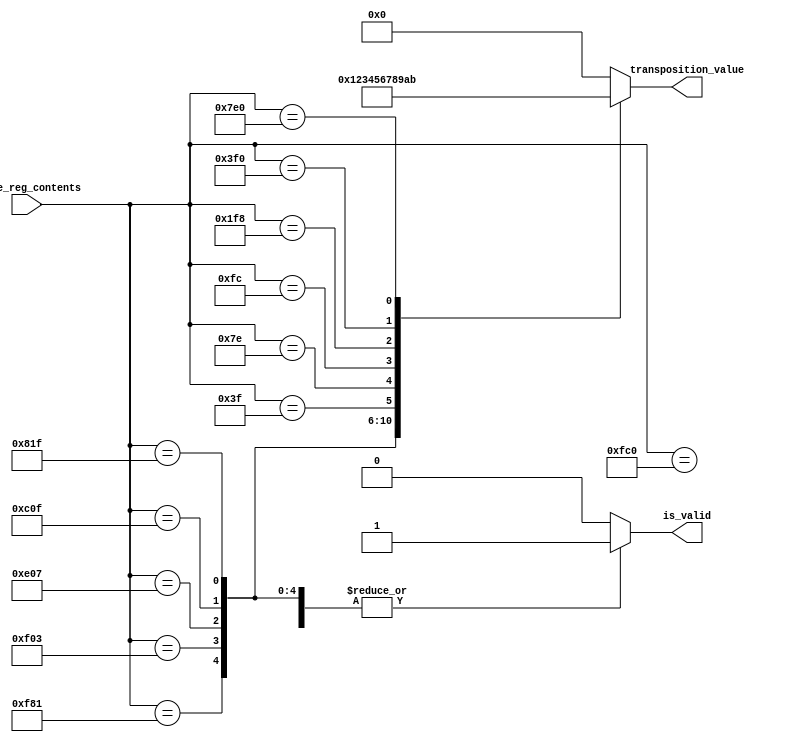

module get_12bit_frame_transposition_value
(
 input [11:0] frame_reg_contents,
 output reg [3:0] transposition_value,
 output reg is_valid
);

always @*
begin
   case (frame_reg_contents)
   12'b111111000000 : begin is_valid = 1'b1; transposition_value =  4'd0;  end
   12'b111110000001 : begin is_valid = 1'b1; transposition_value =  4'd1;  end
   12'b111100000011 : begin is_valid = 1'b1; transposition_value =  4'd2;  end
   12'b111000000111 : begin is_valid = 1'b1; transposition_value =  4'd3;  end
   12'b110000001111 : begin is_valid = 1'b1; transposition_value =  4'd4;  end
   12'b100000011111 : begin is_valid = 1'b1; transposition_value =  4'd5;  end
   12'b000000111111 : begin is_valid = 1'b1; transposition_value =  4'd6;  end
   12'b000001111110 : begin is_valid = 1'b1; transposition_value =  4'd7;  end
   12'b000011111100 : begin is_valid = 1'b1; transposition_value =  4'd8;  end
   12'b000111111000 : begin is_valid = 1'b1; transposition_value =  4'd9;  end
   12'b001111110000 : begin is_valid = 1'b1; transposition_value = 4'd10;  end
   12'b011111100000 : begin is_valid = 1'b1; transposition_value = 4'd11;  end
   default: begin transposition_value = 4'h0; is_valid = 1'b0; end
   endcase
end


endmodule